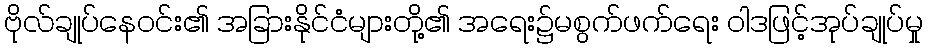
ဗိုလ်ချုပ်နေဝင်း၏ အခြားနိုင်ငံများတို့၏ အရေး၌မစွက်ဖက်ရေး ဝါဒဖြင့်အုပ်ချုပ်မှု